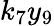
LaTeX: k_{7}y_{9}